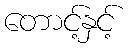
တောင့်နှင့်